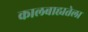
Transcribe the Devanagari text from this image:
कालबाह्यतेला